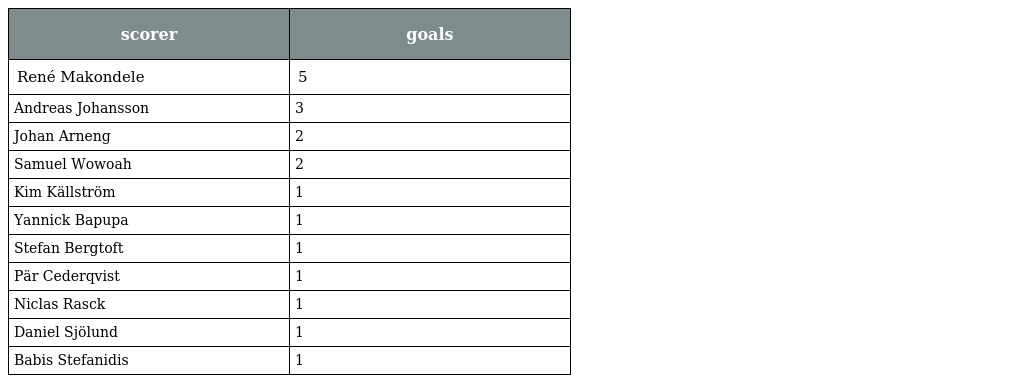
| scorer | goals |
 | --- | --- |
 | René Makondele | 5 |
 | Andreas Johansson | 3 |
 | Johan Arneng | 2 |
 | Samuel Wowoah | 2 |
 | Kim Källström | 1 |
 | Yannick Bapupa | 1 |
 | Stefan Bergtoft | 1 |
 | Pär Cederqvist | 1 |
 | Niclas Rasck | 1 |
 | Daniel Sjölund | 1 |
 | Babis Stefanidis | 1 |